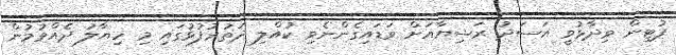
ޕުޓިން ވިދާޅުވީ އަސަދު ރަޝިޔާއަށް ވަޑައިގެންނެވި ކުއްލި ދަތުރުފުޅުގައި މި ހިޔާލު ދެއްވުމުން